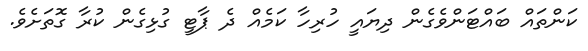
ކަންތައް ބައްޓަންވެގެން ދިޔައީ ހުރިހާ ކަމެއް ދެ ޕާޓީ ގުޅިގެން ކުރާ ގޮތަށެވެ.